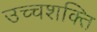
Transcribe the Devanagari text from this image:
उच्चशक्ति